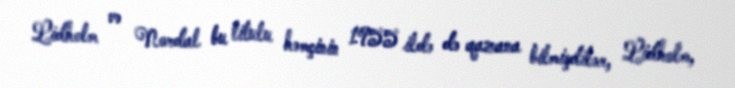
Lidholm və Nordal bu titulu həmçinin 1955 ildə də qazana bilmişdilər, Lidholm,